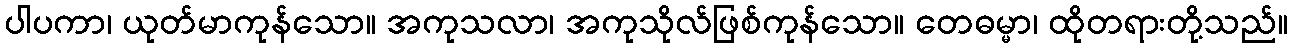
ပါပကာ၊ ယုတ်မာကုန်သော။ အကုသလာ၊ အကုသိုလ်ဖြစ်ကုန်သော။ တေဓမ္မာ၊ ထိုတရားတို့သည်။